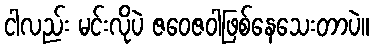
ငါလည်း မင်းလိုပဲ ဇဝေဇဝါဖြစ်နေသေးတာပဲ။